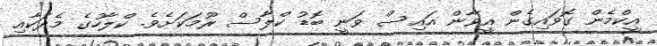
އީކްމެން ގޮވައިގެން އީވާން އައިސް ވަނީ ބޮޑު ކްލާސް ރޫމަކަށެވެ. ކްލާހުގެ މެދަކާއި